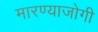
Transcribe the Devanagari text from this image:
मारण्याजोगी